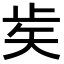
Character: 𥎩